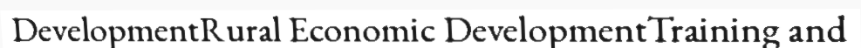
DevelopmentRural Economic DevelopmentTraining and